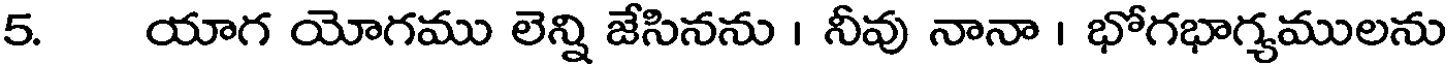
5. యాగ యోగము లెన్ని జేసినను । నీవు నానా । భోగభాగ్యములను